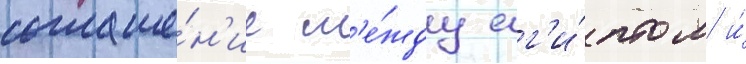
соглаше́н'ие м'е́жду ег'и́птом и́